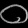
Digit: ၀